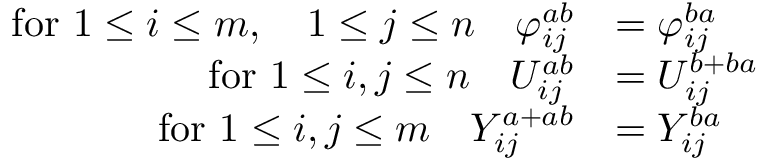
\begin{array} { r l } { \mathrm { f o r ~ } 1 \leq i \leq m , ~ ~ ~ 1 \leq j \leq n ~ ~ ~ \varphi _ { i j } ^ { a b } } & { = \varphi _ { i j } ^ { b a } } \\ { \mathrm { f o r ~ } 1 \leq i , j \leq n ~ ~ ~ U _ { i j } ^ { a b } } & { = U _ { i j } ^ { b + b a } } \\ { \mathrm { f o r ~ } 1 \leq i , j \leq m ~ ~ ~ Y _ { i j } ^ { a + a b } } & { = Y _ { i j } ^ { b a } } \end{array}